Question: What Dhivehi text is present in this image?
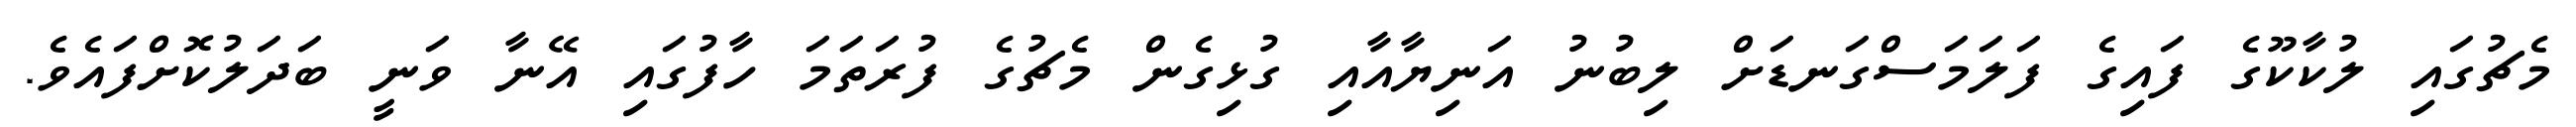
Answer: މެޗުގައި ލުކާކޫގެ ފައިގެ ފަލަމަސްގަނޑަށް ލިބުނު އަނިޔާއާއި ގުޅިގެން މެޗުގެ ފުރަތަމަ ހާފުގައި އޭނާ ވަނީ ބަދަލުކޮށްފައެވެ.